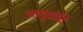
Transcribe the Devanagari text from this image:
आयुवोदि